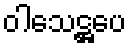
ဝါသေဋ္ဌပေ